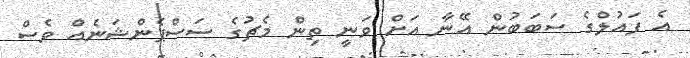
އެ ފައުލްގެ ސަބަބުން އޭނާ އަށް ވަނީ ތިން މެޗުގެ ސަސްޕެންޝަނެއް ވެސް